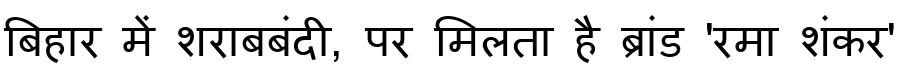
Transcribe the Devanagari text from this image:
बिहार में शराबबंदी, पर मिलता है ब्रांड 'रमा शंकर'